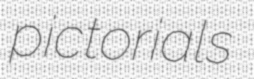
pictorials